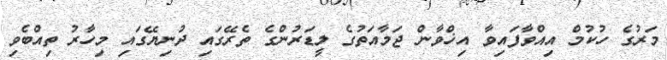
މަރުގެ ހުކުމް އިއްވާފައިވާ އިޚްވާން ޖަމާއަތުގެ ލީޑަރުންގެ ތެރޭގައި ދުނިޔޭގައި މިހާރު ތިއްބެވި